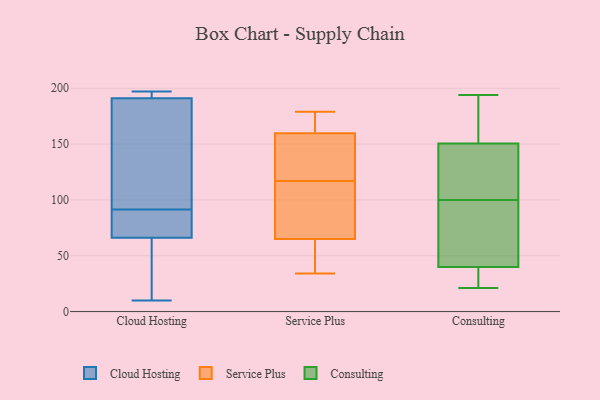
{"axis": {"x": "Energy Usage (MWh)", "y": "Value"}, "legend": ["Cloud Hosting", "Consulting", "Service Plus"], "data": [{"x": "", "y": 191, "type": "Cloud Hosting"}, {"x": "", "y": 66, "type": "Cloud Hosting"}, {"x": "", "y": 139, "type": "Cloud Hosting"}, {"x": "", "y": 117, "type": "Cloud Hosting"}, {"x": "", "y": 21, "type": "Cloud Hosting"}, {"x": "", "y": 10, "type": "Cloud Hosting"}, {"x": "", "y": 70, "type": "Cloud Hosting"}, {"x": "", "y": 197, "type": "Cloud Hosting"}, {"x": "", "y": 99, "type": "Cloud Hosting"}, {"x": "", "y": 192, "type": "Cloud Hosting"}, {"x": "", "y": 193, "type": "Cloud Hosting"}, {"x": "", "y": 21, "type": "Cloud Hosting"}, {"x": "", "y": 77, "type": "Cloud Hosting"}, {"x": "", "y": 84, "type": "Cloud Hosting"}, {"x": "", "y": 156, "type": "Service Plus"}, {"x": "", "y": 117, "type": "Service Plus"}, {"x": "", "y": 95, "type": "Service Plus"}, {"x": "", "y": 144, "type": "Service Plus"}, {"x": "", "y": 161, "type": "Service Plus"}, {"x": "", "y": 58, "type": "Service Plus"}, {"x": "", "y": 164, "type": "Service Plus"}, {"x": "", "y": 179, "type": "Service Plus"}, {"x": "", "y": 86, "type": "Service Plus"}, {"x": "", "y": 34, "type": "Service Plus"}, {"x": "", "y": 39, "type": "Service Plus"}, {"x": "", "y": 29, "type": "Consulting"}, {"x": "", "y": 90, "type": "Consulting"}, {"x": "", "y": 194, "type": "Consulting"}, {"x": "", "y": 117, "type": "Consulting"}, {"x": "", "y": 100, "type": "Consulting"}, {"x": "", "y": 44, "type": "Consulting"}, {"x": "", "y": 21, "type": "Consulting"}, {"x": "", "y": 26, "type": "Consulting"}, {"x": "", "y": 125, "type": "Consulting"}, {"x": "", "y": 100, "type": "Consulting"}, {"x": "", "y": 36, "type": "Consulting"}, {"x": "", "y": 33, "type": "Consulting"}, {"x": "", "y": 156, "type": "Consulting"}, {"x": "", "y": 180, "type": "Consulting"}, {"x": "", "y": 69, "type": "Consulting"}, {"x": "", "y": 179, "type": "Consulting"}, {"x": "", "y": 108, "type": "Consulting"}, {"x": "", "y": 145, "type": "Consulting"}, {"x": "", "y": 158, "type": "Consulting"}, {"x": "", "y": 92, "type": "Consulting"}]}